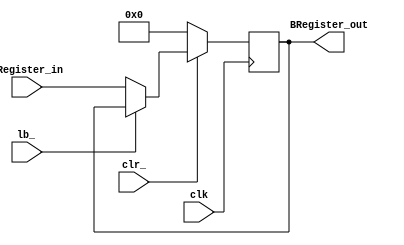
module BRegister(
	output reg [7:0] BRegister_out,
	input [7:0] BRegister_in,
	input lb_,
	input clk,
	input clr_
	);

	always @(posedge clk)
		if(~clr_) BRegister_out <= 8'b0;
		else if(~lb_) BRegister_out <= BRegister_in;	

endmodule